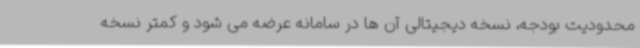
محدودیت بودجه، نسخه دیجیتالی آن ها در سامانه عرضه می شود و کمتر نسخه